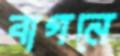
বাগনে